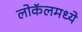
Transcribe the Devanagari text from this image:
लोकॅलमध्ये